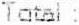
TOTAL :